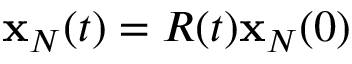
{ \bf x } _ { N } ( t ) = R ( t ) { \bf x } _ { N } ( 0 )